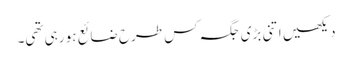
دیکھیں اتنی بڑی جگہ کس طرح ضائع ہو رہی تھی۔